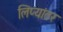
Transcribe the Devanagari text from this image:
लिप्यांतर